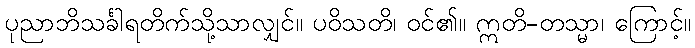
ပုညာဘိသင်္ခါရတိက်သို့သာလျှင်။ ပဝိသတိ၊ ဝင်၏။ ဣတိ-တသ္မာ၊ ကြောင့်။